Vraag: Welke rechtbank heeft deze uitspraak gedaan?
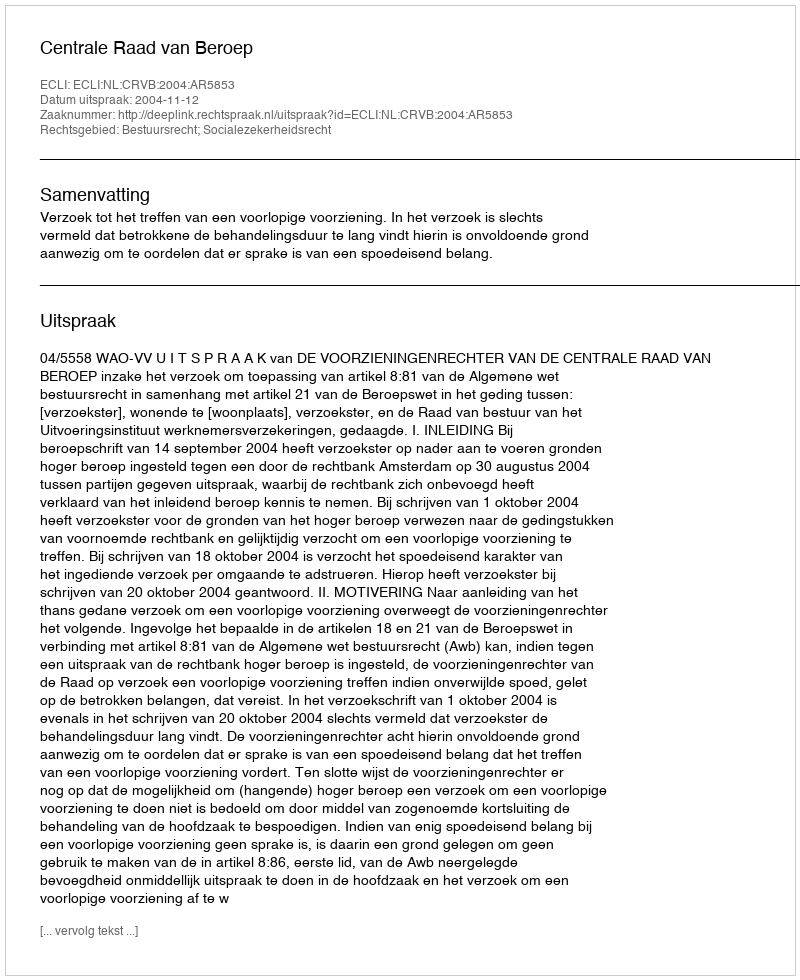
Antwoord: Centrale Raad van Beroep